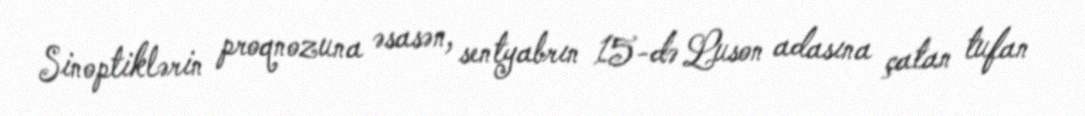
Sinoptiklərin proqnozuna əsasən, sentyabrın 15-də Luson adasına çatan tufan